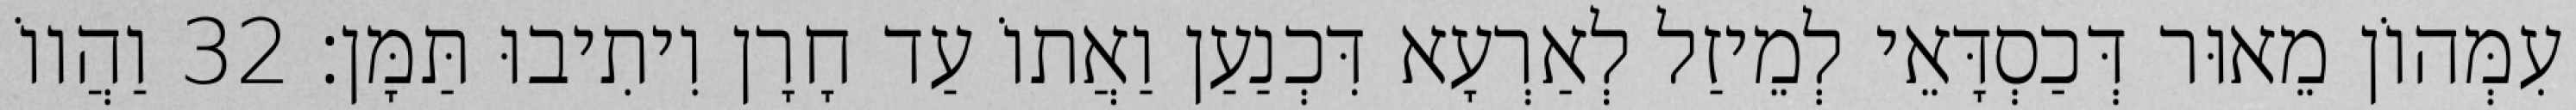
עִמְּהוֹן מֵאוּר דְּכַסְדָּאֵי לְמֵיזַל לְאַרְעָא דִּכְנַעַן וַאֲתוֹ עַד חָרָן וִיתִיבוּ תַּמָּן׃ 32 וַהֲווֹ